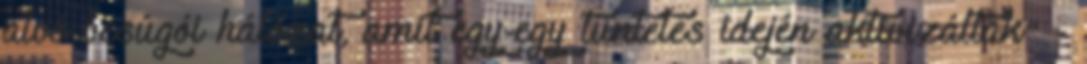
alvó besúgói hálózat, amit egy-egy tüntetés idején aktivizáltak" -